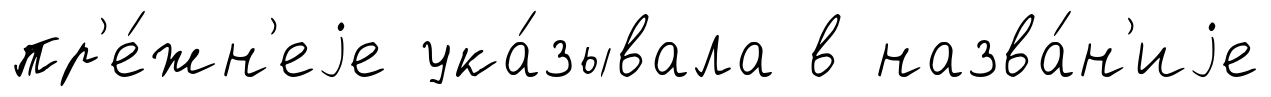
пр'е́жн'еjе ука́зывала в назва́н'иjе